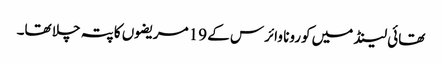
تھائی لینڈ میں کورونا وائرس کے 19 مریضوں کا پتہ چلا تھا۔